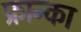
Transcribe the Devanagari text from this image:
फ्रान्का